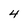
Character: 4